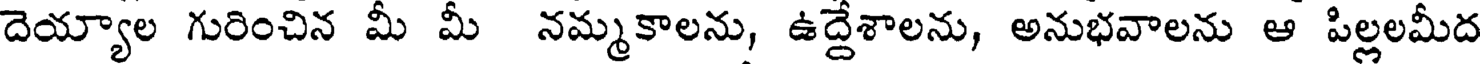
దెయ్యాల గురించిన మీ మీ నమ్మకాలను, ఉద్దేశాలను, అనుభవాలను ఆ పిల్లలమీద